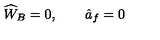
\widehat { W } _ { B } = 0 , \qquad \hat { a } _ { f } = 0